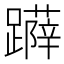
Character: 𨆳